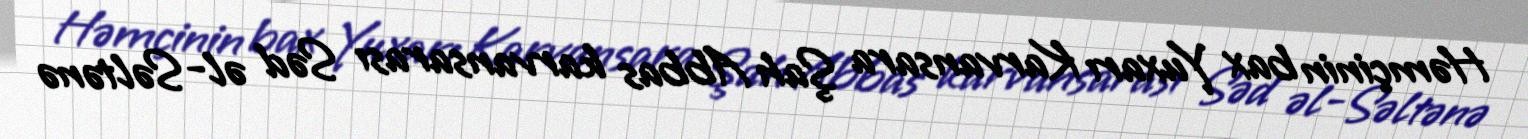
Həmçinin bax Yuxarı Karvansara Şah Abbas karvansarası Səd əl-Səltənə